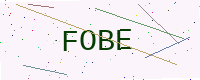
Text: FOBE